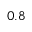
0 . 8